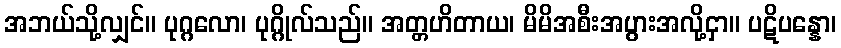
အဘယ်သို့လျှင်။ ပုဂ္ဂလော၊ ပုဂ္ဂိုလ်သည်။ အတ္တဟိတာယ၊ မိမိအစီးအပွားအလို့ငှာ။ ပဋိပန္နော၊